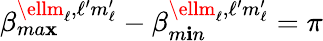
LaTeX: \beta_{ma\mathbf{x}}^{\ellm_{\ell},\ell^{\prime}m_{\ell}^{\prime}}-\beta_{m\mathbf{i}n}^{\ellm_{\ell},\ell^{\prime}m_{\ell}^{\prime}}=\pi